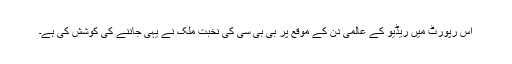
اس رپورٹ میں ریڈیو کے عالمی دن کے موقع پر بی بی سی کی نخبت ملک نے یہی جاننے کی کوشش کی ہے۔